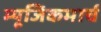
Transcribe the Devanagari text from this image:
म्यूजिकमार्च